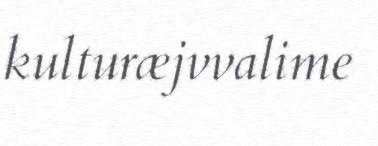
kulturæjvvalime